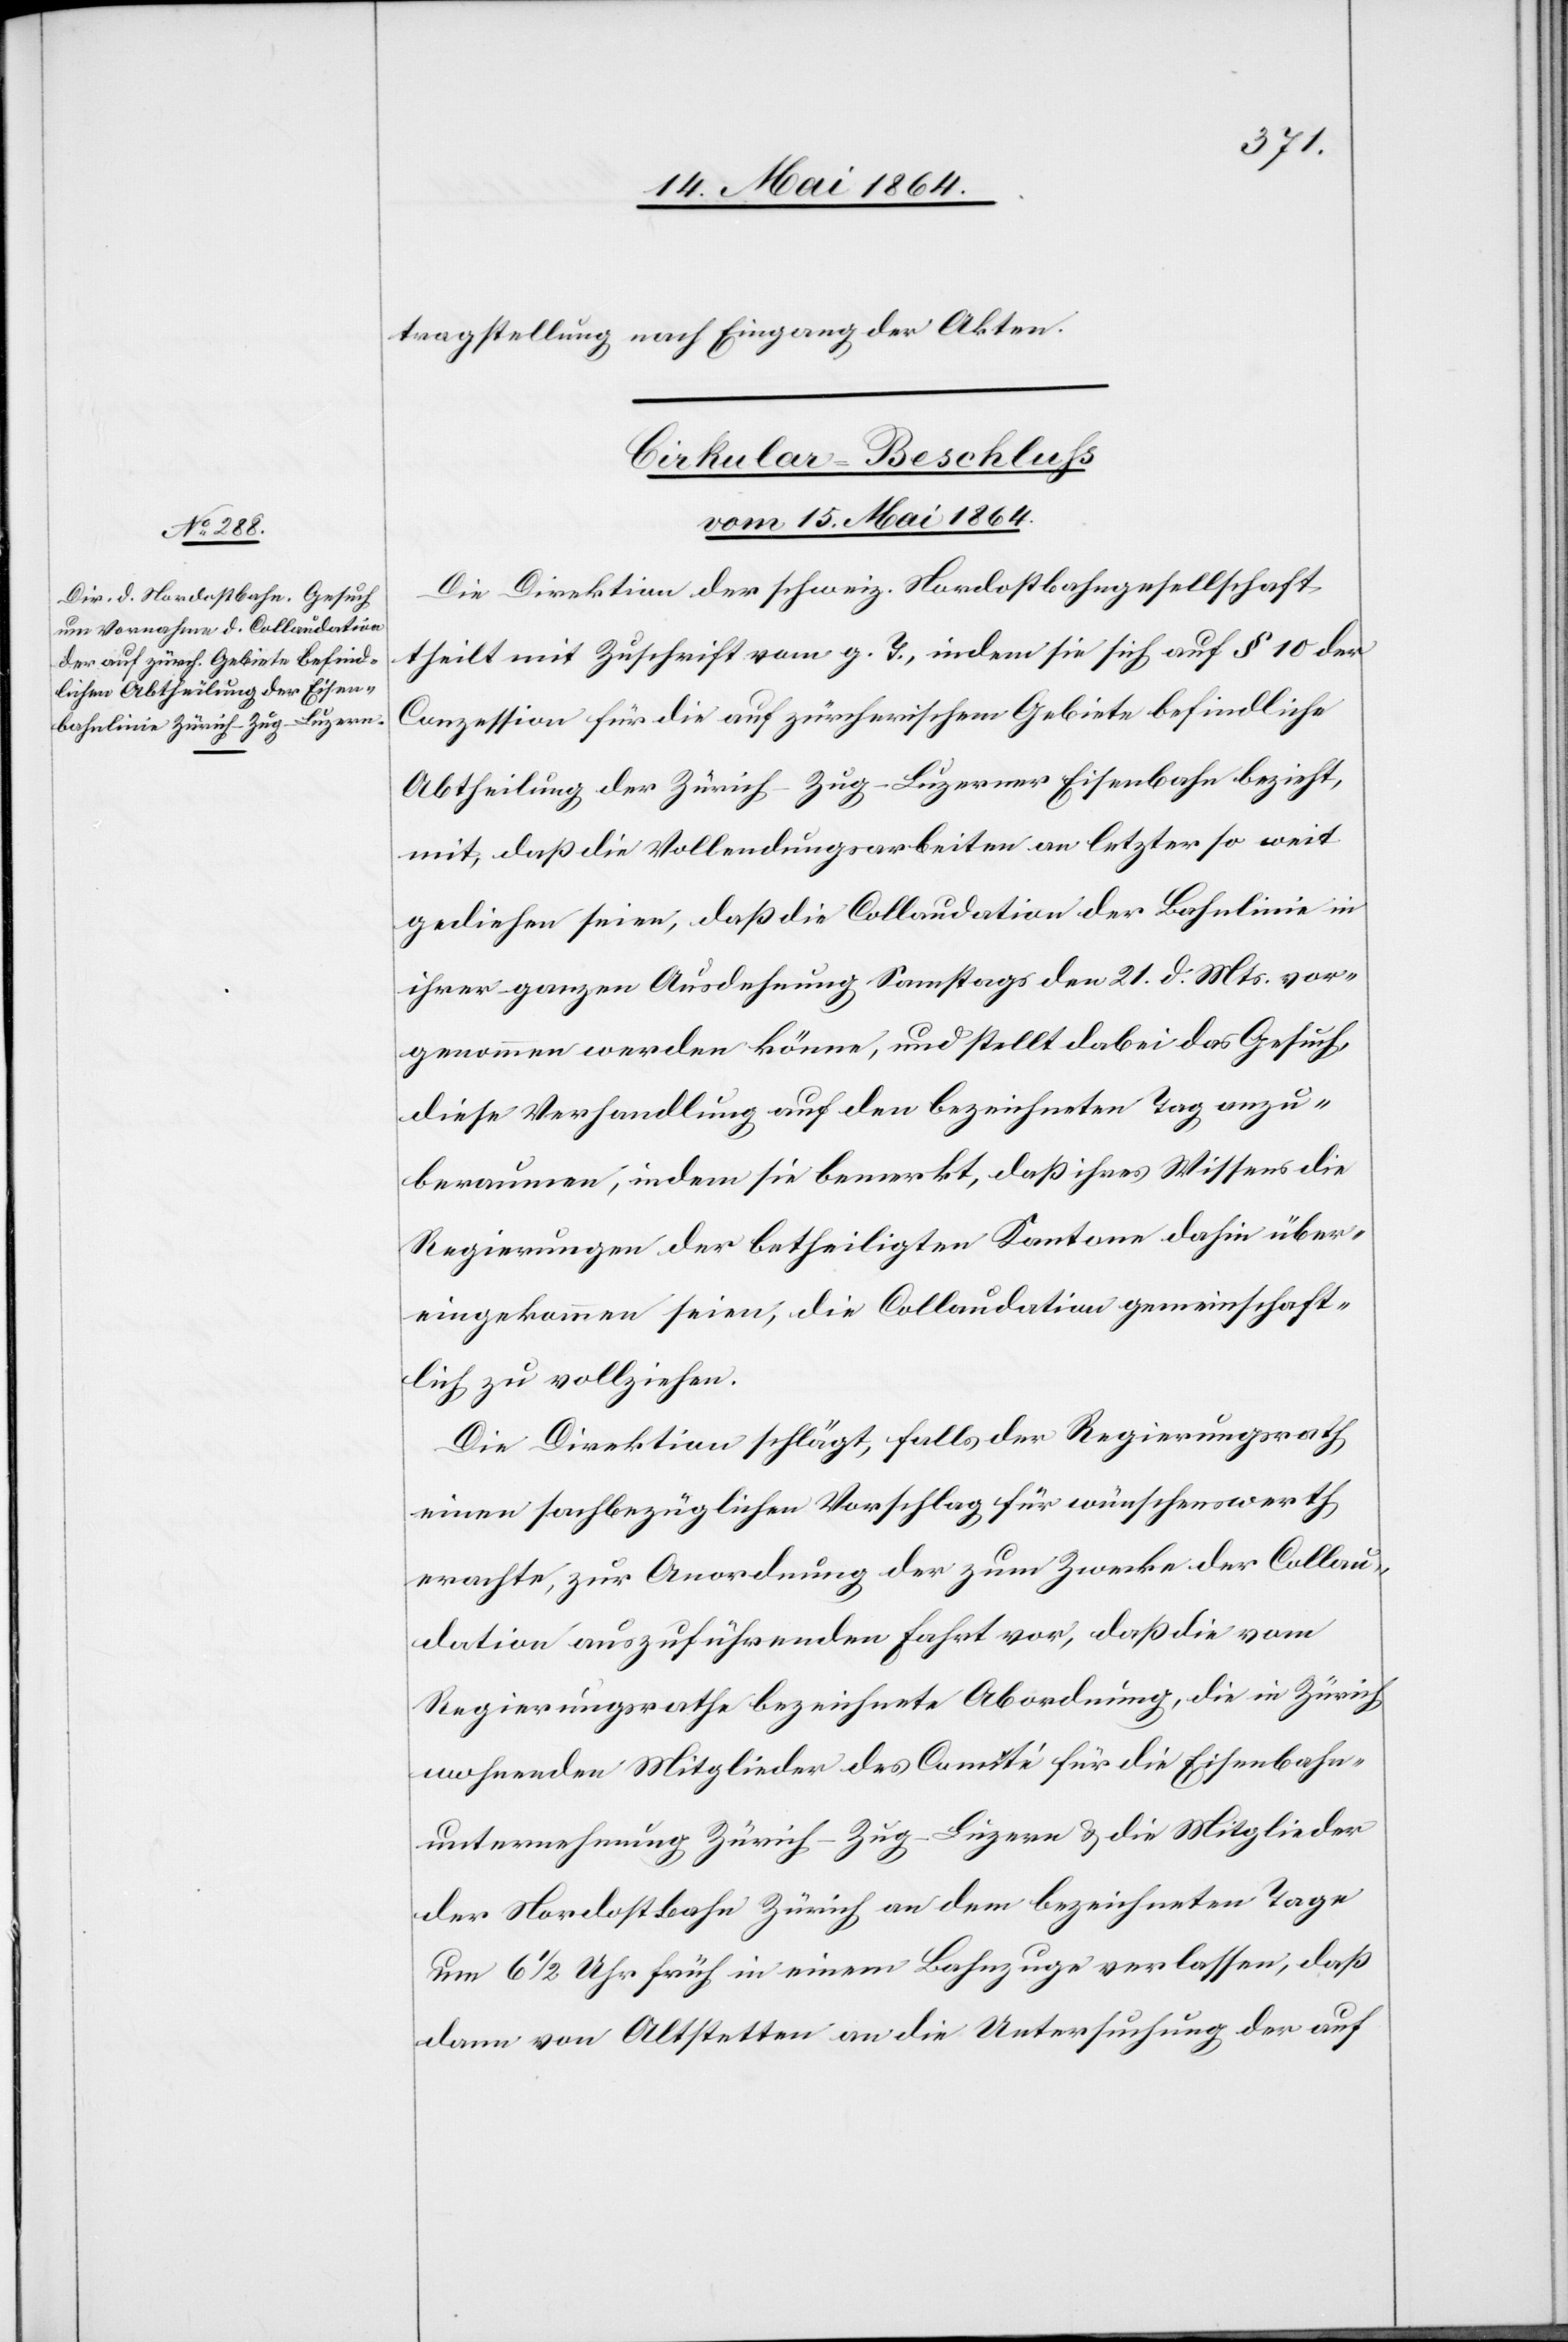
tragstellung nach Eingang der Akten.
Cirkular-Beschluss
vom 15. Mai 1864.
Die Direktion der schweiz. Nordostbahngesellschaft
theilt mit Zuschrift vom g. T., indem sie sich auf § 10 der
Conzession für die auf zürcherischem Gebiete befindliche
Abtheilung der Zürich–Zug–Luzerner Eisenbahn bezieht,
mit, daß die Vollendungsarbeiten an letzter so weit
gediehen seien, daß die Collaudation der Bahnlinie in
ihrer ganzen Ausdehnung Samstags den 21. d. Mts. vor¬
genommen werden könne, und stellt dabei das Gesuch,
diese Verhandlung auf den bezeichneten Tag anzu¬
beraumen, indem sie bemerkt, daß ihres Wissens die
Regierungen der betheiligten Kantone dahin über¬
eingekommen seien, die Collaudation gemeindschaft¬
lich zu vollziehen.
Die Direktion schlägt, falls der Regierungsrath
einen sachbezüglichen Vorschlag für wünschenswerth
erachte, zur Anordnung der zum Zwecke der Collau¬
dation auszuführenden Fahrt vor, daß die vom
Regierungsrathe bezeichnete Abordnung, die in Zürich
wohnenden Mitglieder des Comité für die Eisenbahn¬
unternehmung Zürich–Zug–Luzern u. die Mitglieder
der Nordostbahn Zürich an dem bezeichneten Tage
um 6 1/2 Uhr früh in einem Bahnzuge verlassen, daß
dann von Altstetten an die Untersuchung der auf